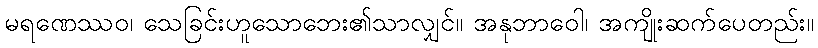
မရဏေဿဝ၊ သေခြင်းဟူသောဘေး၏သာလျှင်။ အနုဘာဝေါ၊ အကျိုးဆက်ပေတည်း။